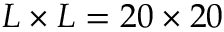
L \times L = 2 0 \times 2 0